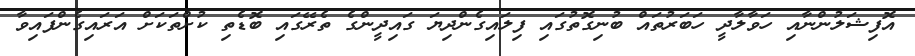
އޮފިޝަލުންނާއި ހަވާލާދީ ހަބަރުތައް ބުނިގޮތުގައި ފިލައިގެންދިޔަ ގައިދީންގެ ތެރޭގައި ބޮޑެތި ކުށްތަކަށް އަރައިގެންފައިވާ